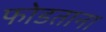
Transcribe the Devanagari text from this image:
फोडताना